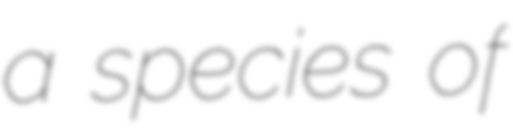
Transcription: a species of